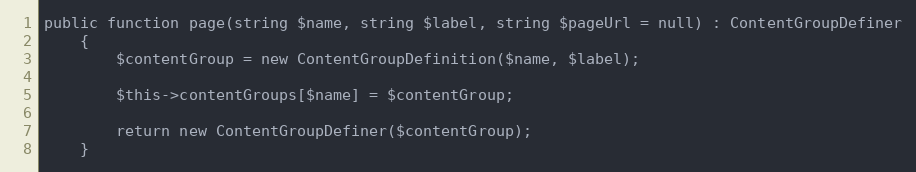
Language: PHP
public function page(string $name, string $label, string $pageUrl = null) : ContentGroupDefiner
    {
        $contentGroup = new ContentGroupDefinition($name, $label);

        $this->contentGroups[$name] = $contentGroup;

        return new ContentGroupDefiner($contentGroup);
    }